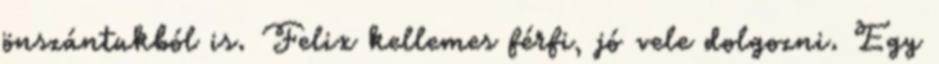
önszántukból is. Felix kellemes férfi, jó vele dolgozni. Egy